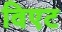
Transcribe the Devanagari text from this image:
विएट